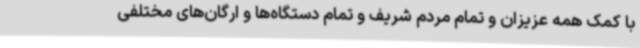
با کمک همه عزیزان و تمام مردم شریف و تمام دستگاه‌ها و ارگان‌های مختلفی